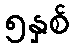
၅နှစ်